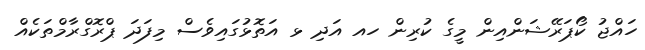
ހައްޖު ކޯޕަރޭޝަންއިން މީގެ ކުރިން ހއ އަދި ޅ އަތޮޅުގައިވެސް މިފަދަ ޕްރޮގްރާމްތަކެއް